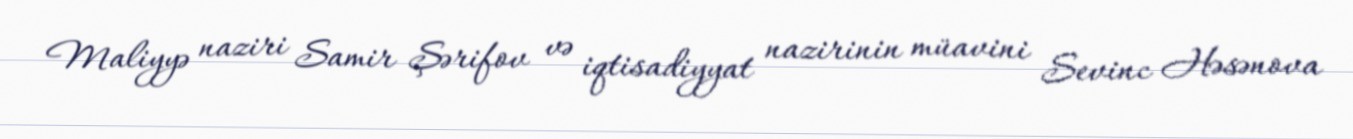
Maliyyə naziri Samir Şərifov və iqtisadiyyat nazirinin müavini Sevinc Həsənova